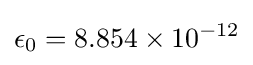
{\epsilon _{0}}=8.854\times 10^{-12}